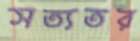
সত্যতর